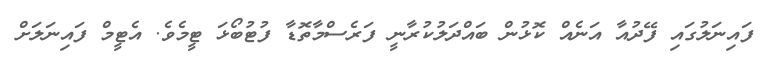
ފައިނަލުގައި ފޭދުއާ އަނެއް ކޮޅުން ބައްދަލުކުރާނީ ފަރެސްމާތޮޑާ ފުޓުބޯޅަ ޓީމެވެ. އެޓީމް ފައިނަލަށް